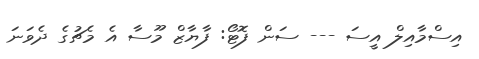
އިސްމާއިލް އީސަ --- ސަން ފޮޓޯ: ފާޔާޒް މޫސާ އެ މެޗުގެ ދެވަނަ